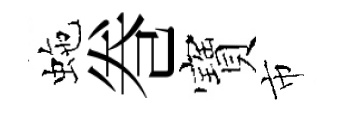
虵巻寶市